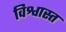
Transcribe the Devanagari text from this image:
विश्वास्त